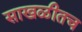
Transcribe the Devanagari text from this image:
साखळीतच